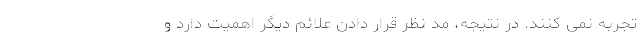
تجربه نمی کنند. در نتیجه، مد نظر قرار دادن علائم دیگر اهمیت دارد و